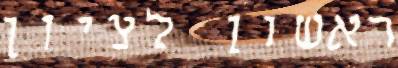
ראשון לציון